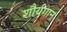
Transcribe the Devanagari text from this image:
शौर्यगान